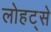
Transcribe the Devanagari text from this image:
लोहट्से